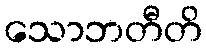
သောဘတီတိ